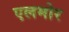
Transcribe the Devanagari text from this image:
एलमोर